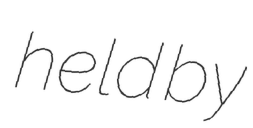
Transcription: held by